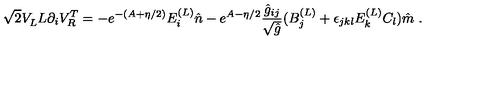
\sqrt { 2 } V _ { L } ^ { \vphantom { T } } L \partial _ { i } V _ { R } ^ { T } = - e ^ { - ( A + \eta / 2 ) } E _ { i } ^ { ( L ) } \hat { n } - e ^ { A - \eta / 2 } { \frac { \hat { g } _ { i j } } { \sqrt { \hat { g } } } } ( B _ { j } ^ { ( L ) } + \epsilon _ { j k l } E _ { k } ^ { ( L ) } C _ { l } ) \hat { m } \ .